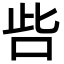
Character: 呰